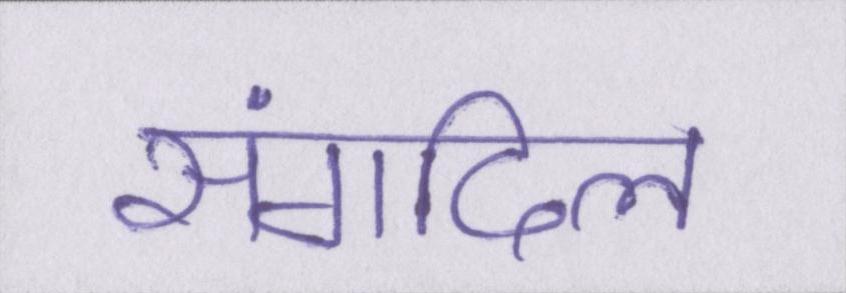
संगदिल